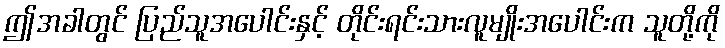
ဤအခါတွင် ပြည်သူအပေါင်းနှင့် တိုင်းရင်းသားလူမျိုးအပေါင်းက သူတို့ကို